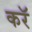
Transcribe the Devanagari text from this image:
करॅ